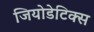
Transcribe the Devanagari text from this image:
जियोडेटिक्स